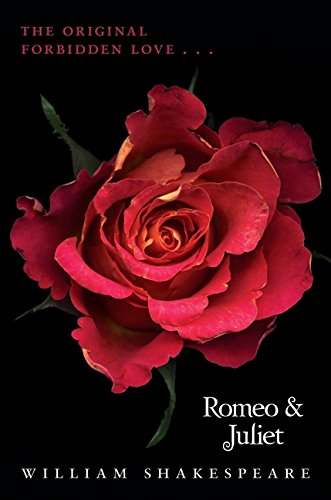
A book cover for Romeo and Juliet; William Shakespeare; Teen & Young Adult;